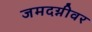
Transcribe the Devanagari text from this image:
जमदग्नीवर